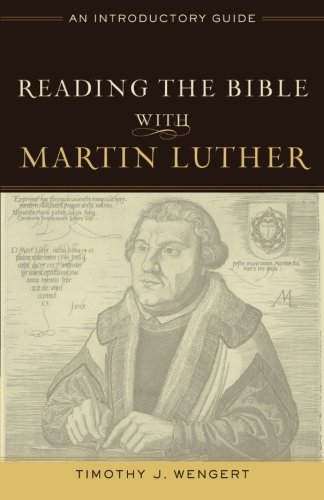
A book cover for Reading the Bible with Martin Luther: An Introductory Guide; Timothy J. Wengert; Christian Books & Bibles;